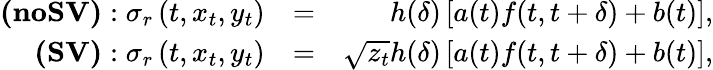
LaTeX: \begin{array}{rlr}{\textbf{(noSV)}:\sigma_{r}\left(t,x_{t},y_{t}\right)}&{=}&{h(\delta)\left[a(t)f(t,t+\delta)+b(t)\right],}\\ {\textbf{(SV)}:\sigma_{r}\left(t,x_{t},y_{t}\right)}&{=}&{\sqrt{z_{t}}h(\delta)\left[a(t)f(t,t+\delta)+b(t)\right],}\end{array}